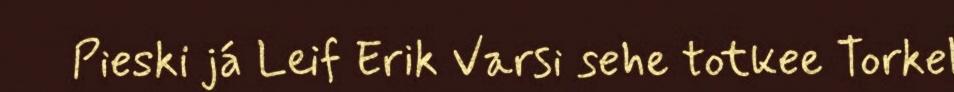
Pieski já Leif Erik Varsi sehe totkee Torkel